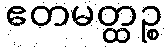
ဧတမတ္ထဉ္စ